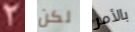
2 لكن بالأمر